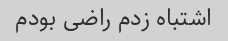
اشتباه زدم راضی بودم